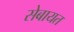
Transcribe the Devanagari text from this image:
सेबायत